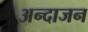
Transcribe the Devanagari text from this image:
अन्दाजन